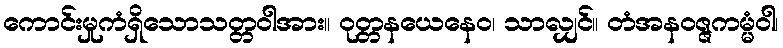
ကောင်းမှုကံရှိသောသတ္တဝါအား။ ဝုတ္တနယေနေဝ၊ သာလျှင်။ တံအနဝဇ္ဇကမ္မံဝါ၊